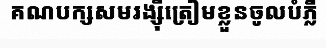
គណបក្សសមរង្ស៊ីត្រៀមខ្លួនចូលបំភ្លឺ